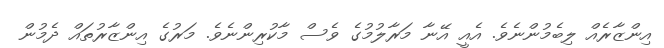
އިންޒާރެއް ލިބެމުންނެވެ. އެއީ އޭނާ މަރާލުމުގެ ވެސް މާކުރިންނެވެ. މަރުގެ އިންޒާރުތައް ދެމުން